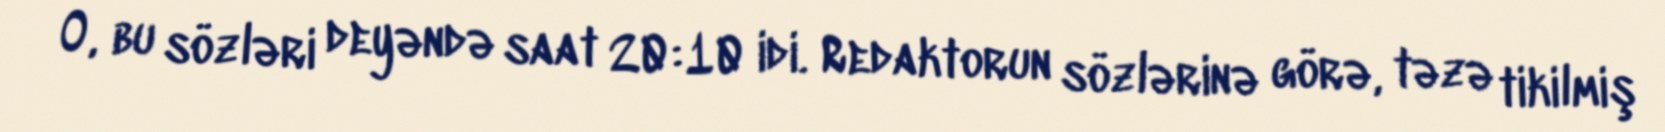
O, bu sözləri deyəndə saat 20:10 idi. Redaktorun sözlərinə görə, təzə tikilmiş